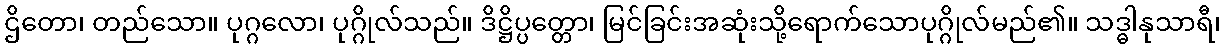
ဌိတော၊ တည်သော။ ပုဂ္ဂလော၊ ပုဂ္ဂိုလ်သည်။ ဒိဋ္ဌိပ္ပတ္တော၊ မြင်ခြင်းအဆုံးသို့ရောက်သောပုဂ္ဂိုလ်မည်၏။ သဒ္ဓါနုသာရီ၊